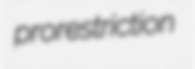
prorestriction